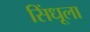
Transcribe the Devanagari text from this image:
सिंधूला